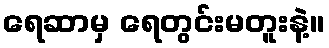
ရေဆာမှ ရေတွင်းမတူးနဲ့။